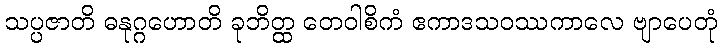
သပ္ပဇာတိ ဓနုဂ္ဂဟောတိ ခုဘိတ္ထ တေဝါစိကံ ဧကာဒသဝဿကာလေ ဗျာပေတုံ